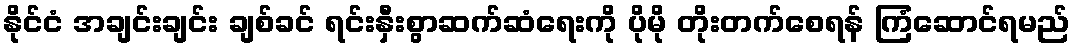
နိုင်ငံ အချင်းချင်း ချစ်ခင် ရင်းနှီးစွာဆက်ဆံရေးကို ပိုမို တိုးတက်စေရန် ကြံဆောင်ရမည်